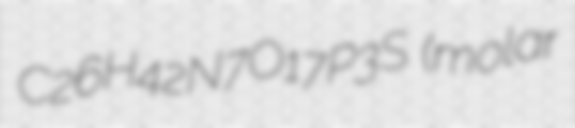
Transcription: C26H42N7O17P3S (molar